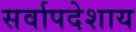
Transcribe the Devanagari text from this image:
सर्वापदेशाय